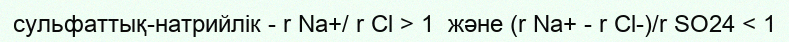
сульфаттық-натрийлік - r Na+/ r Cl > 1  және (r Na+ - r Cl-)/r SO24 < 1